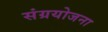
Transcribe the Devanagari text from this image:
संग्रयोजना